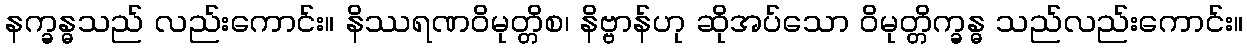
နက္ခန္ဓသည် လည်းကောင်း။ နိဿရဏဝိမုတ္တိစ၊ နိဗ္ဗာန်ဟု ဆိုအပ်သော ဝိမုတ္တိက္ခန္ဓ သည်လည်းကောင်း။